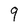
Character: 9